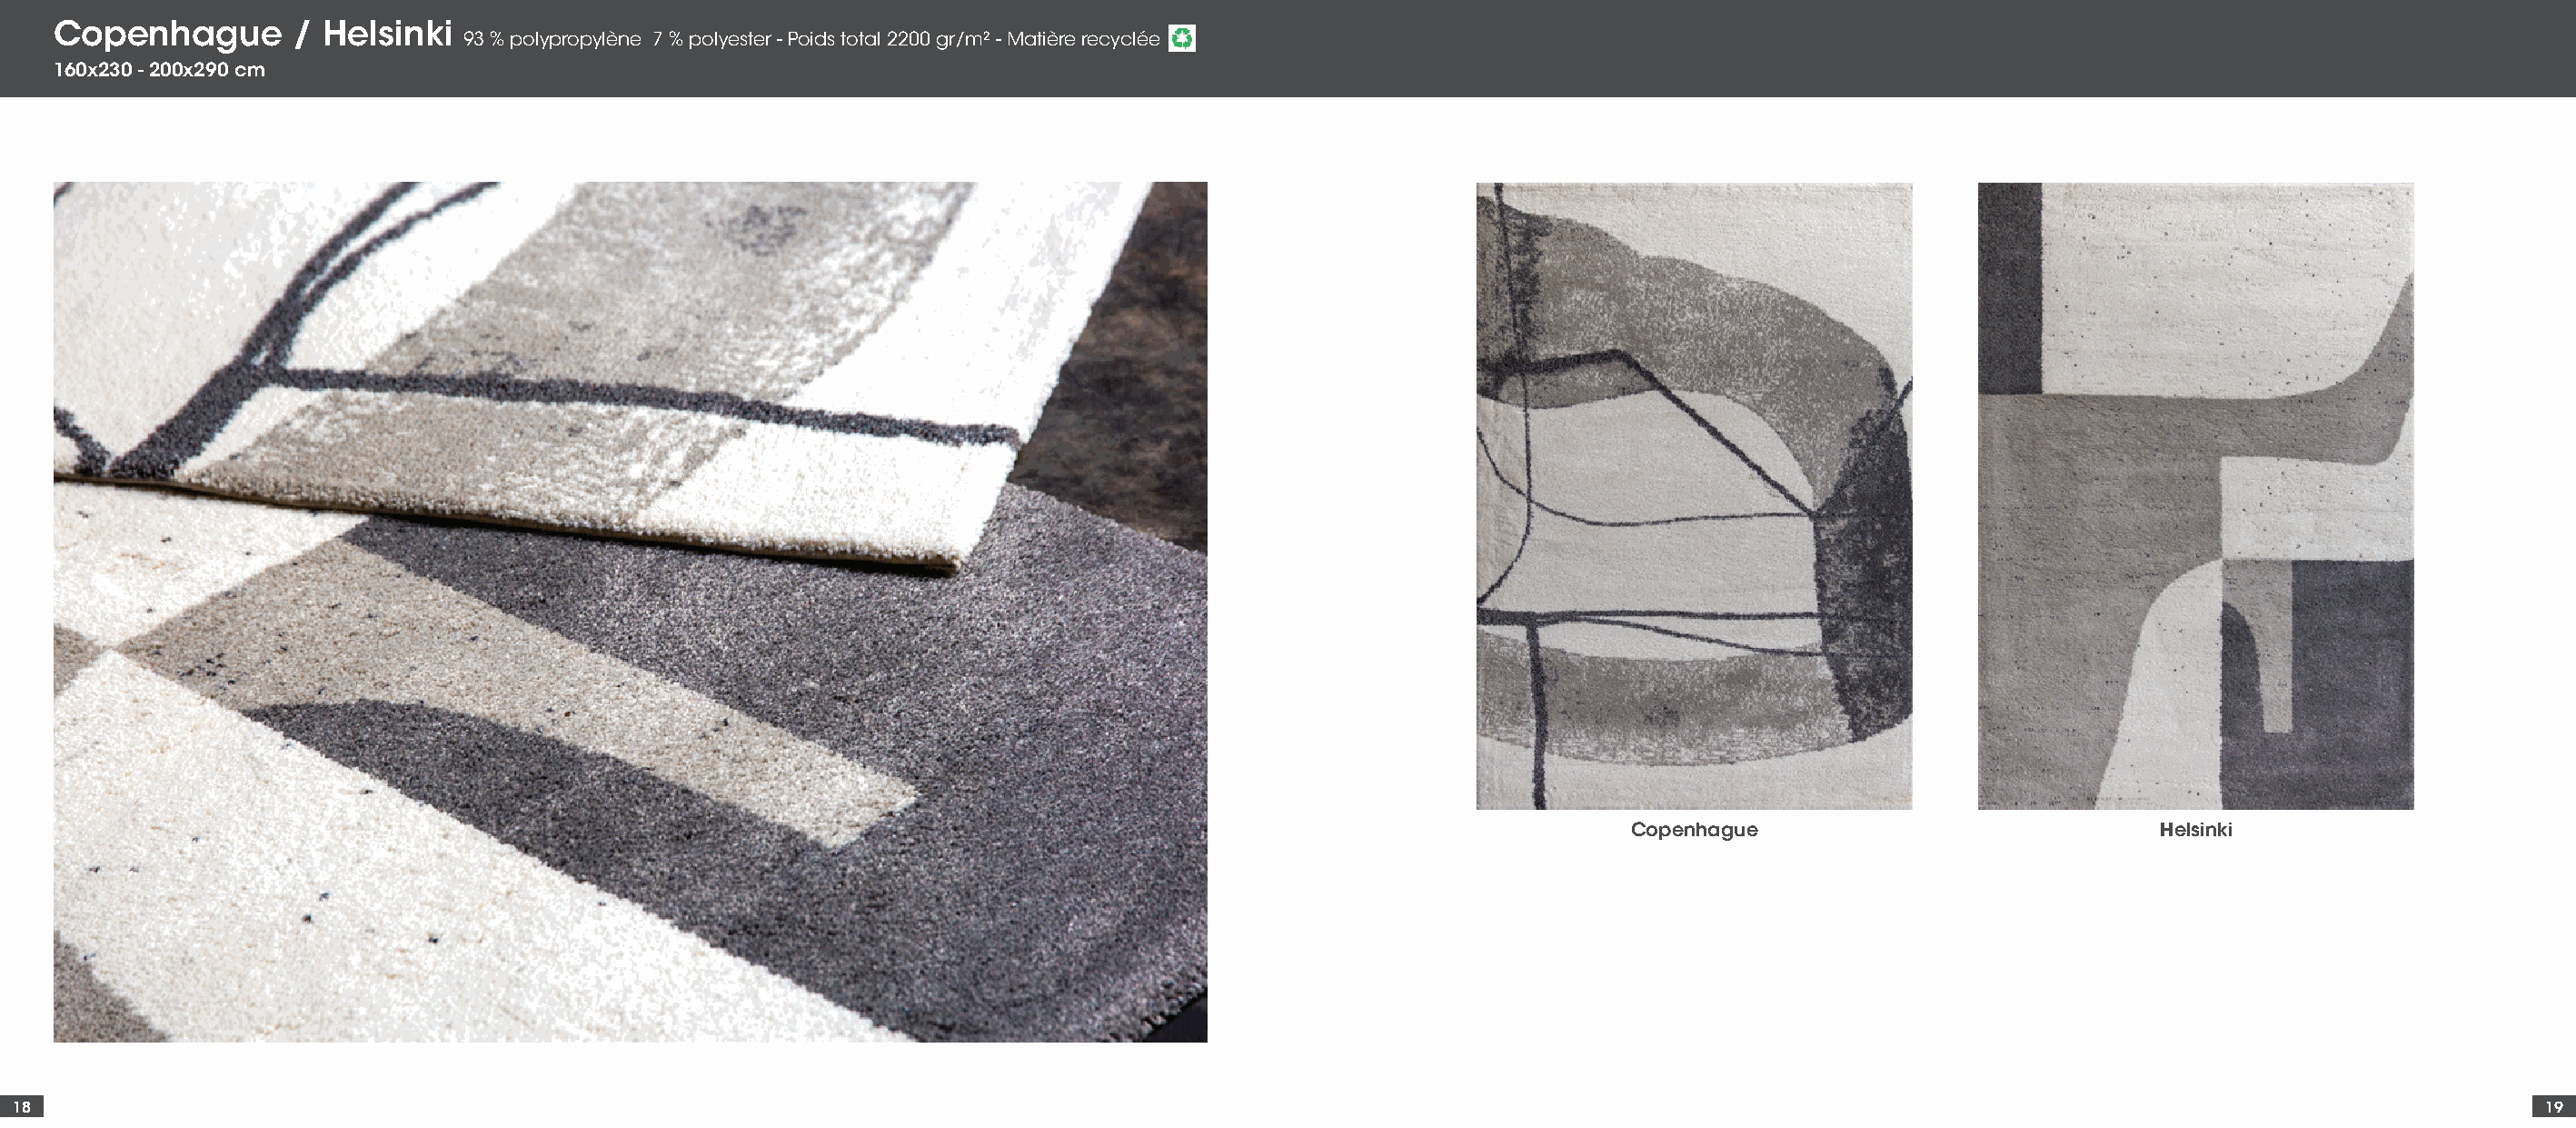
Copenhague       /  Helsinki
 93 % polypropylène 7 % polyester - Poids total 2200 gr/m² - Matière recyclée
 160x230 - 200x290 cm
 Copenhague                            Helsinki
 18                                                                                                                                                                                      19